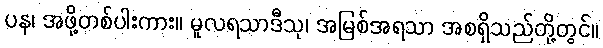
ပန၊ အဖို့တစ်ပါးကား။ မူလရသာဒီသု၊ အမြစ်အရသာ အစရှိသည်တို့တွင်။